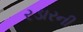
રડારની